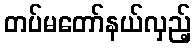
တပ်မတော်နယ်လှည့်